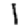
Digit: 1